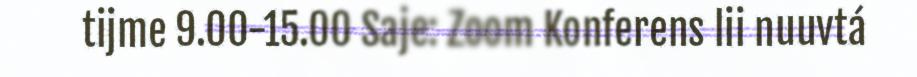
tijme 9.00-15.00 Saje: Zoom Konferens lii nuuvtá